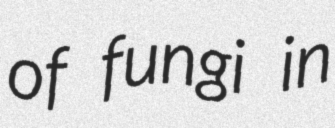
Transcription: of fungi in